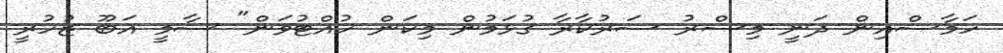
ހަމާސްއިން ދަނީ މިސްރު ސަރުކާރާ ގުޅަމުން މިކަން ހުއްޓުވަން" ސާމީ އަބޫ ޒުހުރީ